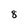
Character: 8